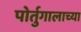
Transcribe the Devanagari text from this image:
पोर्तुगालाच्या